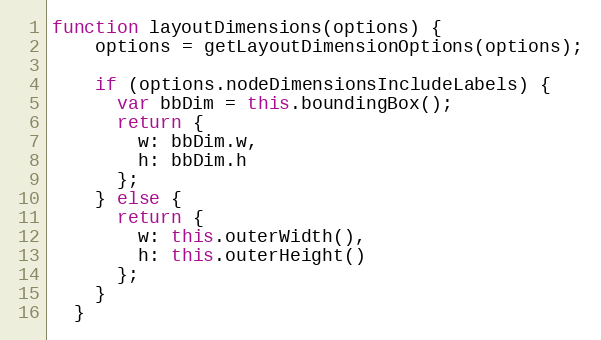
Language: JavaScript
function layoutDimensions(options) {
    options = getLayoutDimensionOptions(options);

    if (options.nodeDimensionsIncludeLabels) {
      var bbDim = this.boundingBox();
      return {
        w: bbDim.w,
        h: bbDim.h
      };
    } else {
      return {
        w: this.outerWidth(),
        h: this.outerHeight()
      };
    }
  }